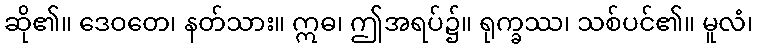
ဆို၏။ ဒေဝတေ၊ နတ်သား။ ဣဓ၊ ဤအရပ်၌။ ရုက္ခဿ၊ သစ်ပင်၏။ မူလံ၊